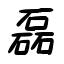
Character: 磊